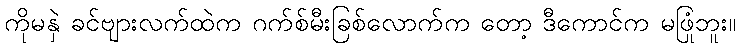
ကိုမနှဲ ခင်ဗျားလက်ထဲက ဂက်စ်မီးခြစ်လောက်က တော့ ဒီကောင်က မဖြုံဘူး။